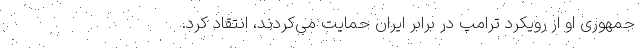
جمهوری او از رویکرد ترامپ در برابر ایران حمایت می‌کردند، انتقاد کرد.